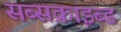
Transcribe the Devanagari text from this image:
सब्सक्राइब्ड